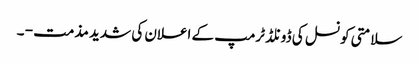
سلامتی کونسل کی ڈونلڈ ٹرمپ کے اعلان کی شدید مذمت - ۔